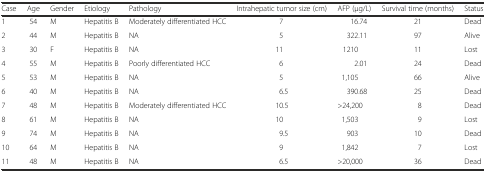
<table><thead><tr><td><b>Case</b></td><td><b>Age</b></td><td><b>Gender</b></td><td><b>Etiology</b></td><td><b>Pathology</b></td><td><b>Intrahepatic tumor size (cm)</b></td><td><b>AFP (μg/L)</b></td><td><b>Survival time (months)</b></td><td><b>Status</b></td></tr></thead><tbody><tr><td>1</td><td>54</td><td>M</td><td>Hepatitis B</td><td>Moderately differentiated HCC</td><td>7</td><td>16.74</td><td>21</td><td>Dead</td></tr><tr><td>2</td><td>44</td><td>M</td><td>Hepatitis B</td><td>NA</td><td>5</td><td>322.11</td><td>97</td><td>Alive</td></tr><tr><td>3</td><td>30</td><td>F</td><td>Hepatitis B</td><td>NA</td><td>11</td><td>1210</td><td>11</td><td>Lost</td></tr><tr><td>4</td><td>55</td><td>M</td><td>Hepatitis B</td><td>Poorly differentiated HCC</td><td>6</td><td>2.01</td><td>24</td><td>Dead</td></tr><tr><td>5</td><td>53</td><td>M</td><td>Hepatitis B</td><td>NA</td><td>5</td><td>1,105</td><td>66</td><td>Alive</td></tr><tr><td>6</td><td>40</td><td>M</td><td>Hepatitis B</td><td>NA</td><td>6.5</td><td>390.68</td><td>25</td><td>Dead</td></tr><tr><td>7</td><td>48</td><td>M</td><td>Hepatitis B</td><td>Moderately differentiated HCC</td><td>10.5</td><td>&gt;24,200</td><td>8</td><td>Dead</td></tr><tr><td>8</td><td>61</td><td>M</td><td>Hepatitis B</td><td>NA</td><td>10</td><td>1,503</td><td>9</td><td>Lost</td></tr><tr><td>9</td><td>74</td><td>M</td><td>Hepatitis B</td><td>NA</td><td>9.5</td><td>903</td><td>10</td><td>Dead</td></tr><tr><td>10</td><td>64</td><td>M</td><td>Hepatitis B</td><td>NA</td><td>9</td><td>1,842</td><td>7</td><td>Lost</td></tr><tr><td>11</td><td>48</td><td>M</td><td>Hepatitis B</td><td>NA</td><td>6.5</td><td>&gt;20,000</td><td>36</td><td>Dead</td></tr></tbody></table>